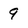
Character: 9